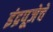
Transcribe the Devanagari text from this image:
इंद्रपूजेचे